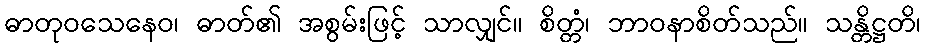
ဓာတုဝသေနေဝ၊ ဓာတ်၏ အစွမ်းဖြင့် သာလျှင်။ စိတ္တံ၊ ဘာဝနာစိတ်သည်။ သန္တိဋ္ဌတိ၊